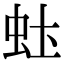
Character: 𬟶